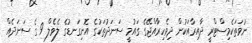
ނުވަތަކެމިސްޓްރީ ދާއިރާއަކުން ދިވެހިރާއްޖޭގެ ގައުމީ ސަނަދުތަކުގެ އޮނިގަނޑުގެ ލެވެލް 9 ގެ ސަނަދެއް